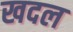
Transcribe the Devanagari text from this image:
खदल